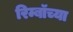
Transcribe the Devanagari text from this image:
रिम्बॉच्या